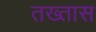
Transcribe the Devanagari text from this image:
तख्तास